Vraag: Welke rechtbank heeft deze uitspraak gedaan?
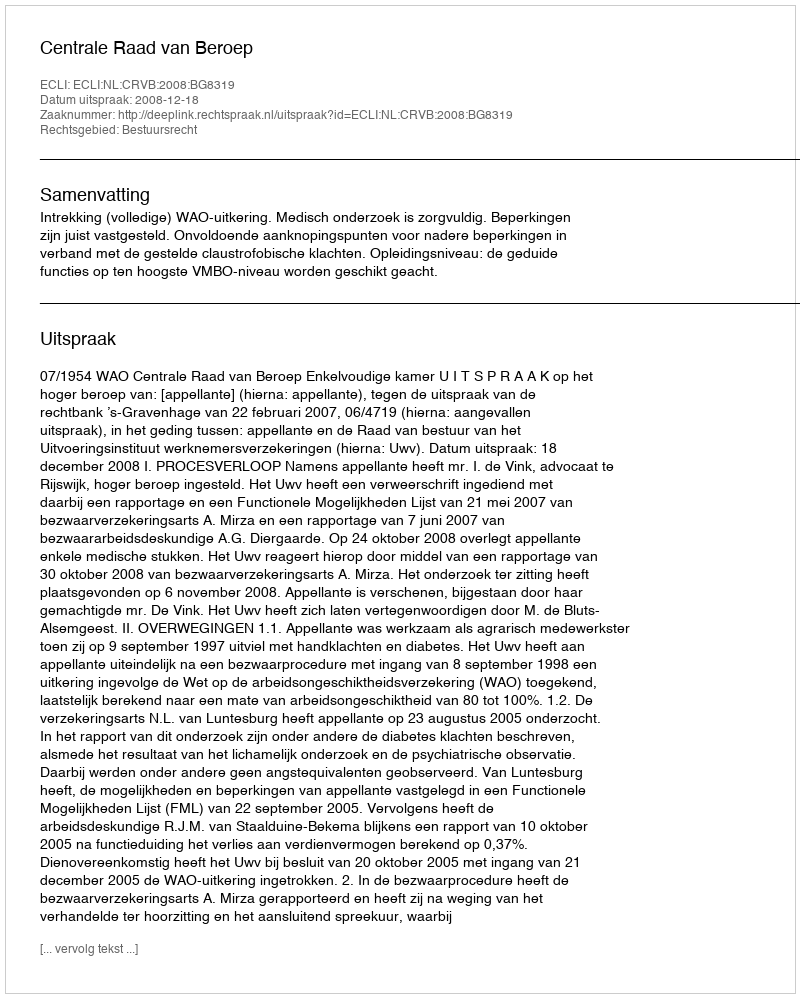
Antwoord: Centrale Raad van Beroep